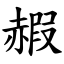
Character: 赮